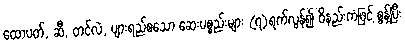
ထောပတ်, ဆီ, တင်လဲ, ပျားရည်စသော ဆေးပစ္စည်းများ (၇)ရက်လွန်၍ ဝိနည်းကံဖြင့် စွန့်ပြီး